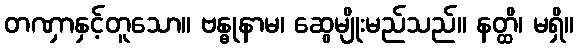
တဏှာနှင့်တူသော။ ဗန္ဓုနာမ၊ ဆွေမျိုးမည်သည်။ နတ္ထိ၊ မရှိ။